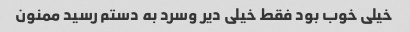
خیلی خوب بود فقط خیلی دیر وسرد به دستم رسید ممنون